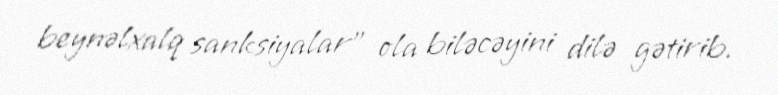
beynəlxalq sanksiyalar” ola biləcəyini dilə gətirib.